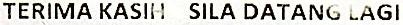
TERIMA KASIH SILA DATANG LAGI